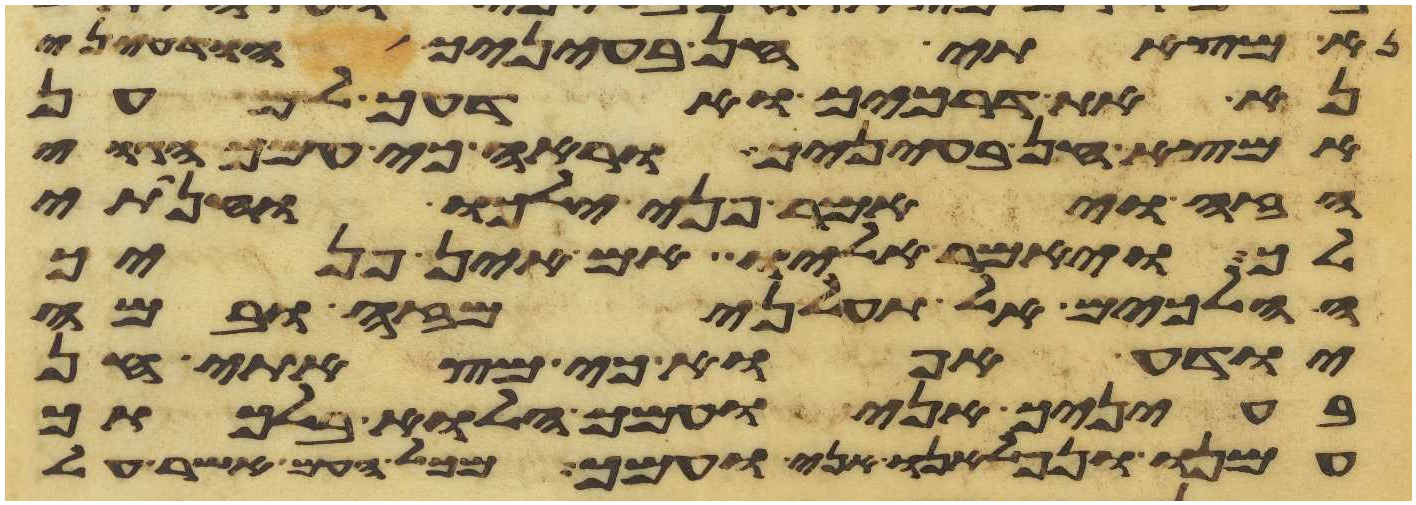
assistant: נא מצאתי חן בעיניך הודעני
נא את דרכיך ואדעך למען
אמצא חן בעיניך וראה כי עמך הגוי
הזה ויאמר פני ילכו והנחתי
לך ויאמר אליו אם אין פניך
הלכים אל תעלני מזה ובמה
יודע אפוא כי מצאתי חן
בעיניך אני ועמך הלוא בלכתך
עמנו ונפלאנו אני ועמך מכל העם אשר על